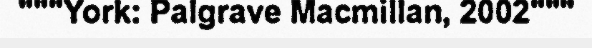
"""York: Palgrave Macmillan, 2002"""